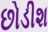
છોડીશ